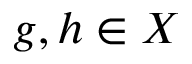
g , h \in X